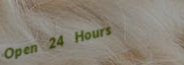
Open 24 Hours